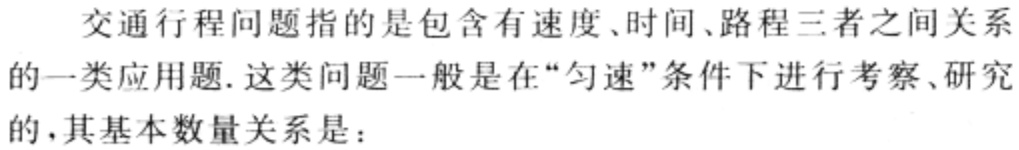
交通行程问题指的是包含有速度、时间、路程三者之间关系的一类应用题. 这类问题一般是在“匀速”条件下进行考察、研究的，其基本数量关系是：